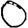
Digit: 0